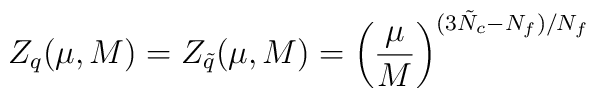
Z_{q} (\mu, M) = Z_{\tilde{q}} (\mu, M) = \left( \frac{\mu}{M}         \right)^{(3\tilde{N}_{c}-N_{f})/N_{f}}